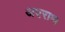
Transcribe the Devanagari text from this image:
अपराथ